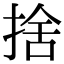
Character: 捨